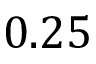
0 . 2 5